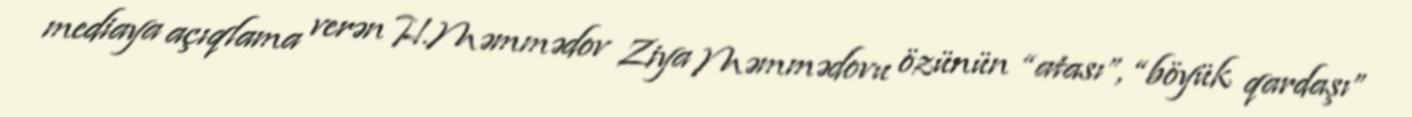
mediaya açıqlama verən H.Məmmədov Ziya Məmmədovu özünün “atası”, “böyük qardaşı”